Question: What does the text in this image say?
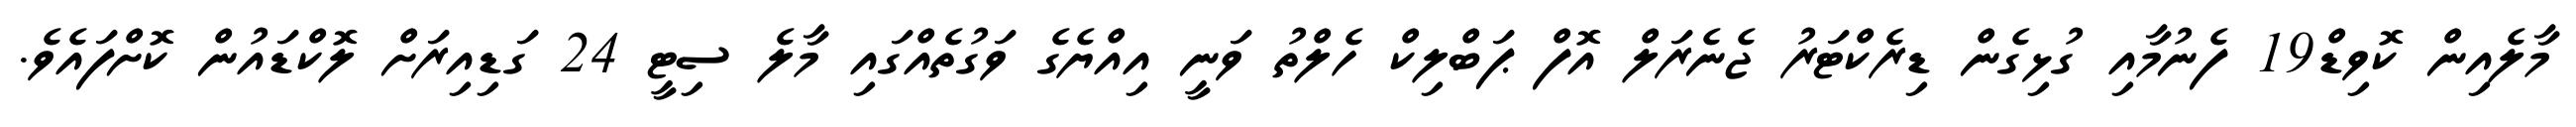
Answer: މާލެއިން ކޮވިޑް19 ފެނުމާއި ގުޅިގެން ޑިރެކްޓަރު ޖެނެރަލް އޮފް ޕަބްލިކް ހެލްތު ވަނީ އިއްޔެގެ ވަގުތެއްގައި މާލެ ސިޓީ 24 ގަޑިއިރަށް ލޮކްޑައުން ކޮށްފައެވެ.